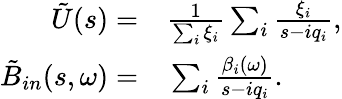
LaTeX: \begin{array}{rl}{\tilde{U}(s)=}&{{}\frac{1}{\sum_{i}\xi_{i}}\sum_{i}\frac{\xi_{i}}{s-iq_{i}},}\\ {\tilde{B}_{in}(s,\omega)=}&{{}\sum_{i}\frac{\beta_{i}(\omega)}{s-iq_{i}}.}\end{array}